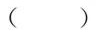
( )